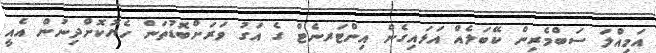
އަމިއްލަ ސަބްމެރިން ކޭބަލެއް އަޅައިގެން އިންޓަރނެޓް ގެ އަގު ވަރަށްބޮޑުތަން ހެޔޮކޮށްދިނުން އެއީ